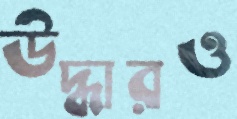
উদ্ধারও